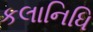
કલાનિધિ